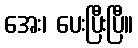
အေး၊ ပေးပြီးပြီ။